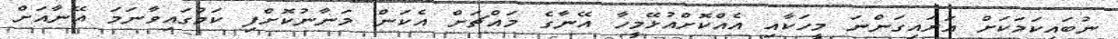
ނުބައިކަމަކަށް އަރައިގަންނަ މީހަކާއި އެއްކޮށްއުޅޭމީހާ އޭނާގެ މައްޗަށް އެކަން މަނާނުކޮށްފި ކަމުގައިވާނަމަ އޭނާއަށް